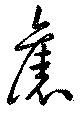
舊